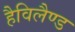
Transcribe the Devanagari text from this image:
हैविलैण्ड